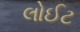
લોઈટ